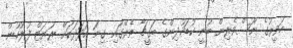
ހަވީރުގެ ނޫސްވެރިން ބުނީ ކުޑަކުދިންގެ ބަގީޗާ ތެރޭގައި ގިނަ އަދަދަކަށް ރަޔަޓް ފުލުހުން